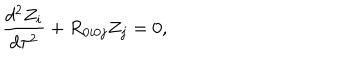
LaTeX: \frac { d ^ { 2 } Z _ { i } } { d \tau ^ { 2 } } + R _ { 0 i 0 j } Z _ { j } = 0 ,